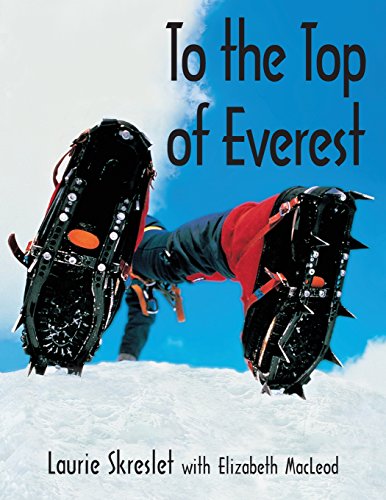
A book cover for To the Top of Everest (Kids Can Do It); Laurie Skreslet; Children's Books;